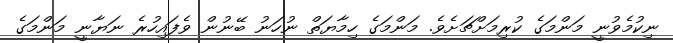
ނިކުމެވުނީ މަންމަގެ ކުރިމަށްޗަށެވެ. މަންމަގެ ހިމާޔަތް ނުހަނު ބޭނުން ވެފައިހުރެ ނަޔާނީ މަންމަގެ